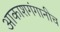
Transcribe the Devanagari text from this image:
आकाशगंगानीच